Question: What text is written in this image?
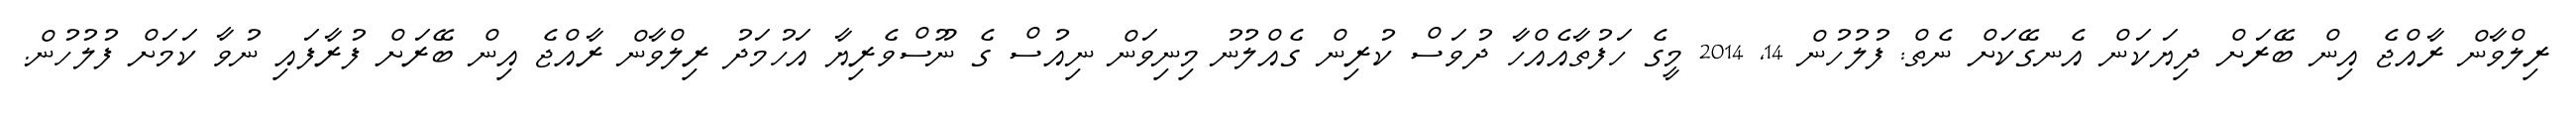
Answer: ރިލްވާން ރާއްޖެ އިން ބޭރަށް ދިޔަކަން އެނގޭކަށް ނެތް: ފުލުހުން 14, 2014 މީގެ ހަފުތާއެއްހާ ދުވަސް ކުރިން ގެއްލުނު މިނިވަން ނިއުސް ގެ ނޫސްވެރިޔާ އަހުމަދު ރިލްވާން ރާއްޖެ އިން ބޭރަށް ފުރާފައި ނުވާ ކަމަށް ފުލުހުން.